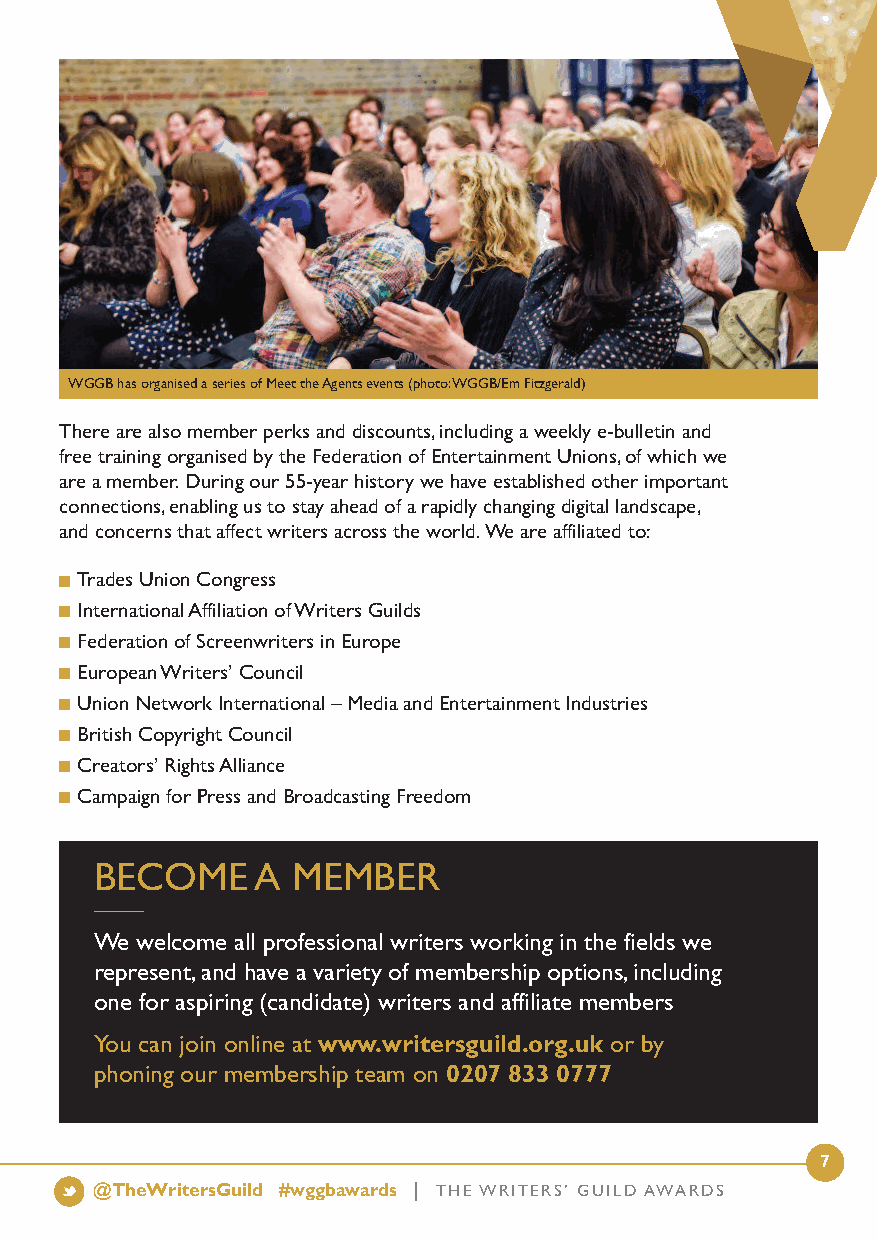
WGGB has organised a series of Meet the Agents events (photo: WGGB/Em Fitzgerald)
 There are also member perks and discounts, including a weekly e-bulletin and
 free training organised by the Federation of Entertainment Unions, of which we
 are a member.During our 55-year history we have established other important
 connections, enabling us to stay ahead of a rapidly changing digital landscape,
 and concerns that affect writers across the world.We are affiliated to:
 Trades Union Congress
 International Affiliation of Writers Guilds
 Federation of Screenwriters in Europe
 European Writers’ Council
 Union Network International – Media and Entertainment Industries
 British Copyright Council
 Creators’ Rights Alliance
 Campaign for Press and Broadcasting Freedom
 BECOME     A MEMBER
 We welcome all professional writers working in the fields we
 represent, and have a variety of membership options, including
 one for aspiring (candidate) writers and affiliate members
 You can join online at www.writersguild.org.uk or by
 phoning our membership team on 0207 833 0777
 7
 @TheWritersGuild #wggbawards | THE WRITERS’ GUILD AWARDS